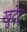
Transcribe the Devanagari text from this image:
खुदेद